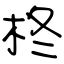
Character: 柊